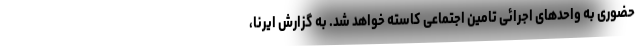
حضوری به واحدهای اجرائی تامین اجتماعی کاسته خواهد شد. به گزارش ایرنا،